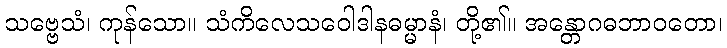
သဗ္ဗေသံ၊ ကုန်သော။ သံကိလေသဝေါဒါနဓမ္မာနံ၊ တို့၏။ အန္တောဂဓဘာဝတော၊